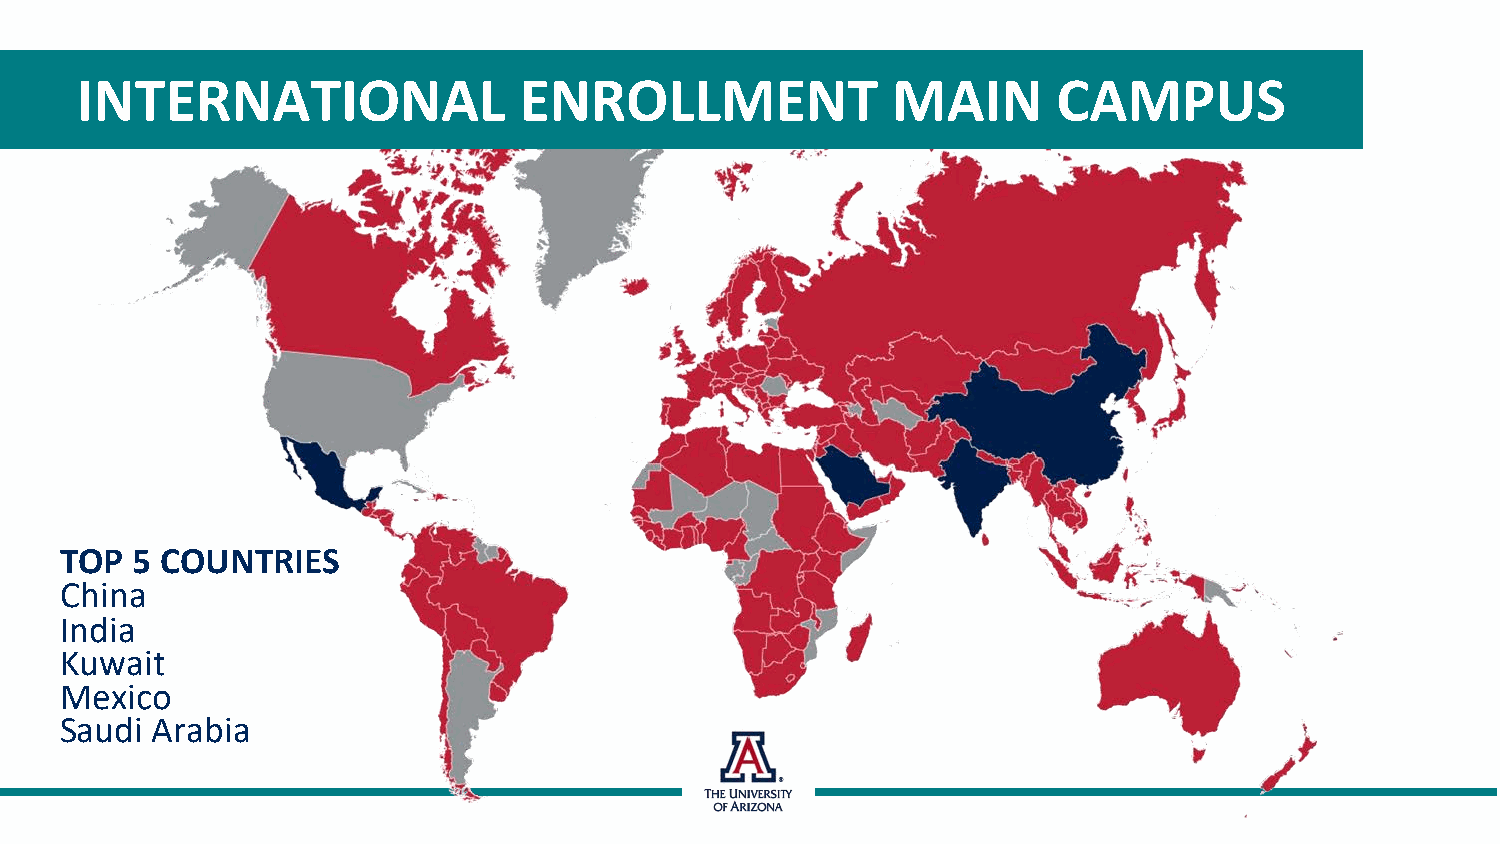
INTERNATIONAL                ENROLLMENT               MAIN       CAMPUS
 TOP  5 COUNTRIES
 China
 India
 Kuwait
 Mexico
 Saudi Arabia